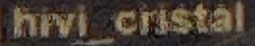
hivi_cristal